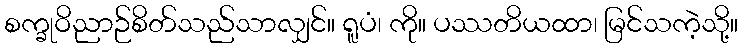
စက္ခုဝိညာဉ်စိတ်သည်သာလျှင်။ ရူပံ၊ ကို။ ပဿတိယထာ၊ မြင်သကဲ့သို့။